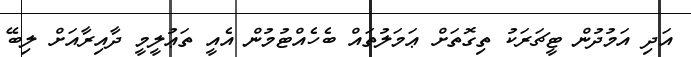
އަދި އަމުދުން ޓީޗަރަކު ތިގޮތަށް ޢަމަލުތައް ބެހެއްޓުމުން އެއީ ތަޢުލީމީ ދާއިރާއަށް ލިބޭ